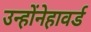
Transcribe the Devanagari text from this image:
उन्होंनेहावर्ड